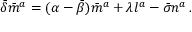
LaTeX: { \bar { \delta } } { \bar { m } } ^ { a } = ( \alpha - { \bar { \beta } } ) { \bar { m } } ^ { a } + \lambda l ^ { a } - { \bar { \sigma } } n ^ { a } \, .